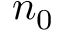
n _ { 0 }